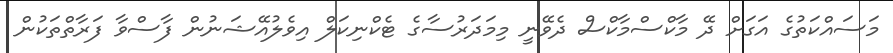
މަސައްކަތުގެ އަގަށް ދޭ މާކްސްމާކްސް ދެވޭނީ މިމަދަރުސާގެ ޓެކްނިކަލް އިވެލުއޭޝަނުން ފާސްވާ ފަރާތްތަކުން